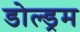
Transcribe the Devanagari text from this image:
डोल्ड्रम